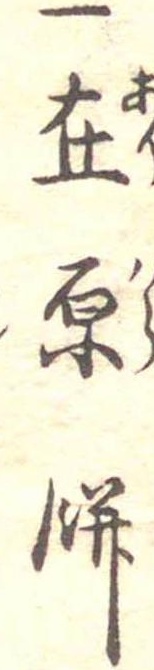
一在原餅